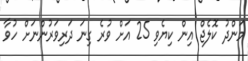
މަންދު ކޮލެޖް އިން ކިޔެވި 25 އަށް ވުރެ ގިނަ ދަރިވަރުންނަަށް ހުވާ